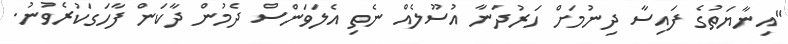
"އިނާޔަތުގެ ފައިސާ ދިނުމަށް ހަރުދަނާ އުސޫލެއް ނެތި އެލަވަންސް ދެމުން ދާކަން ފާހަގަކުރެވުނު.